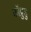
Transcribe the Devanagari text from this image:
कॉप्रुसु